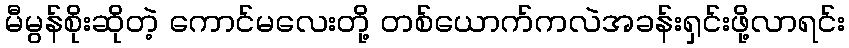
မီမွန်စိုးဆိုတဲ့ ကောင်မလေးတို့ တစ်ယောက်ကလဲအခန်းရှင်းဖို့လာရင်း